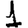
Digit: 1